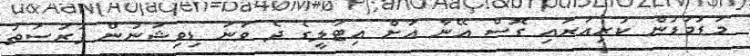
މަޑުމަޑުން ކުރިއަރައި ގޮސް އޭނާ އަށް އިޓަލީގެ ދެ ވަނަ ޑިވިޝަނުން ފުރުސަތު